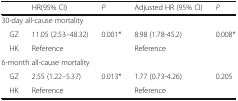
|  | HR(95% CI) | P | Adjusted HR (95% CI) | P |
 | --- | --- | --- | --- | --- |
 | <COLSPAN=5> 30-day all-cause mortality |
 | GZ | 11.05 (2.53–48.32) | 0.001* | 8.98 (1.78-45.2) | 0.008* |
 | HK | Reference |  | Reference |  |
 | <COLSPAN=5> 6-month all-cause mortality |
 | GZ | 2.55 (1.22–5.37) | 0.013* | 1.77 (0.73-4.26) | 0.205 |
 | HK | Reference |  | Reference |  |